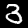
Label: 3